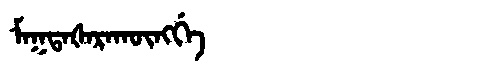
Manchu: ᠮᠠᡴᡨᠠᡧᠠᡵᠠᡴᡡᠩᡤᡝ
Romanization: MAKTAŠARAKŪNGGE